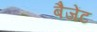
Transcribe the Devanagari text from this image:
बैजेंट